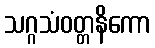
သဂ္ဂသံဝတ္တနိကော